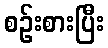
စဉ်းစားပြီး